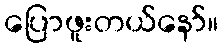
ပြောဖူးတယ်နော်။